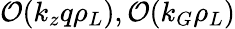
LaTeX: {\cal O}(k_{z}q\rho_{L}),{\cal O}(k_{G}\rho_{L})